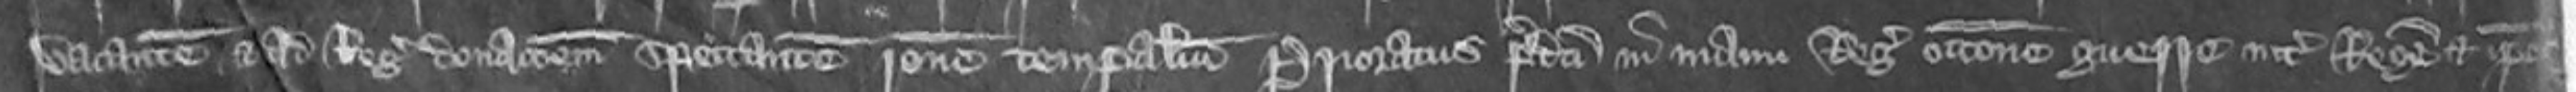
vacantem et ad Regis donacionem spectantem ratione temporalium Prioratus predicti in manu Regis occasione guerre inter Regem et ipsos